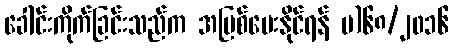
ခေါင်းကိုက်ခြင်းသည်က အပြစ်ပေးနိုင်ရန် ပ)၆၈/၂၀၁၆